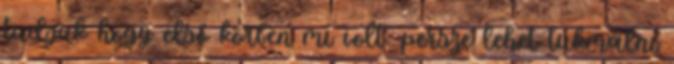
tudjuk hogy első körben mi volt. persze lehet tukmálni